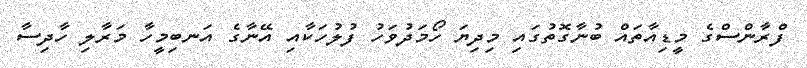
ފްރާންސްގެ މީޑިއާތައް ބުނާގޮތުގައި މިދިޔަ ހޯމަދުވަހު ފުލުހަކާއި އޭނާގެ އަނބިމީހާ މަރާލި ހާދިސާ